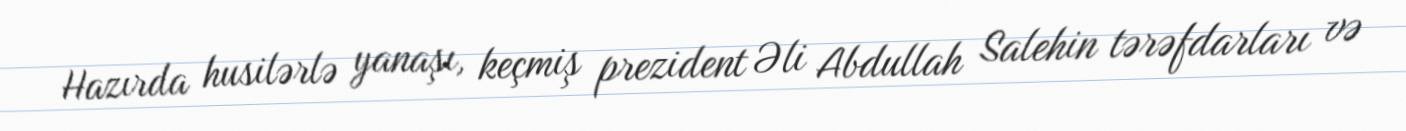
Hazırda husilərlə yanaşı, keçmiş prezident Əli Abdullah Salehin tərəfdarları və